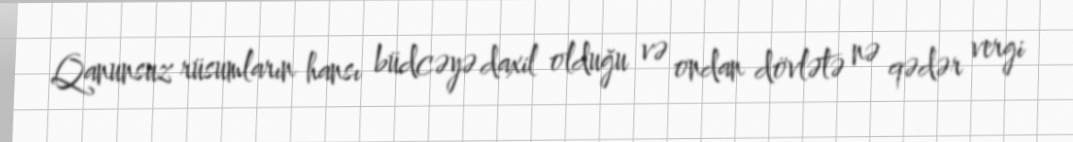
Qanunsuz rüsumların hansı büdcəyə daxil olduğu və ondan dövlətə nə qədər vergi